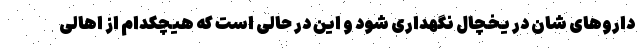
داروهای شان در یخچال نگهداری شود و این در حالی است که هیچکدام از اهالی